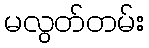
မလွတ်တမ်း